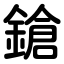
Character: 鎗